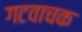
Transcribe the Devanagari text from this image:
गटवाचक